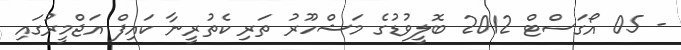
- 05 އޯގަސްޓް 2012 ބޮލީވުޑުގެ މަޝްހޫރު ތަރި ކެތުރީނާ ކައިފް އަޖްމީރުގައި